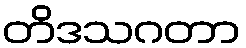
တိဒသဂတာ